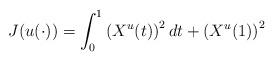
LaTeX: \begin{align*}J(u(\cdot))=\int_0^1\left(X^u(t)\right)^2dt+\left(X^u(1)\right)^2\end{align*}